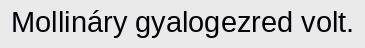
Mollináry gyalogezred volt.